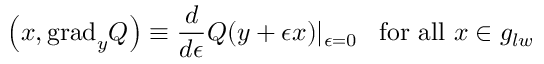
\left( x , \mathrm { g r a d } _ { y } Q \right) \equiv \frac { d } { d \epsilon } Q ( y + \epsilon x ) | _ { \epsilon = 0 } \; \; \; \mathrm { f o r ~ a l l ~ } x \in g _ { l w }